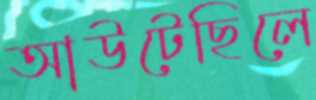
আউটেছিলে